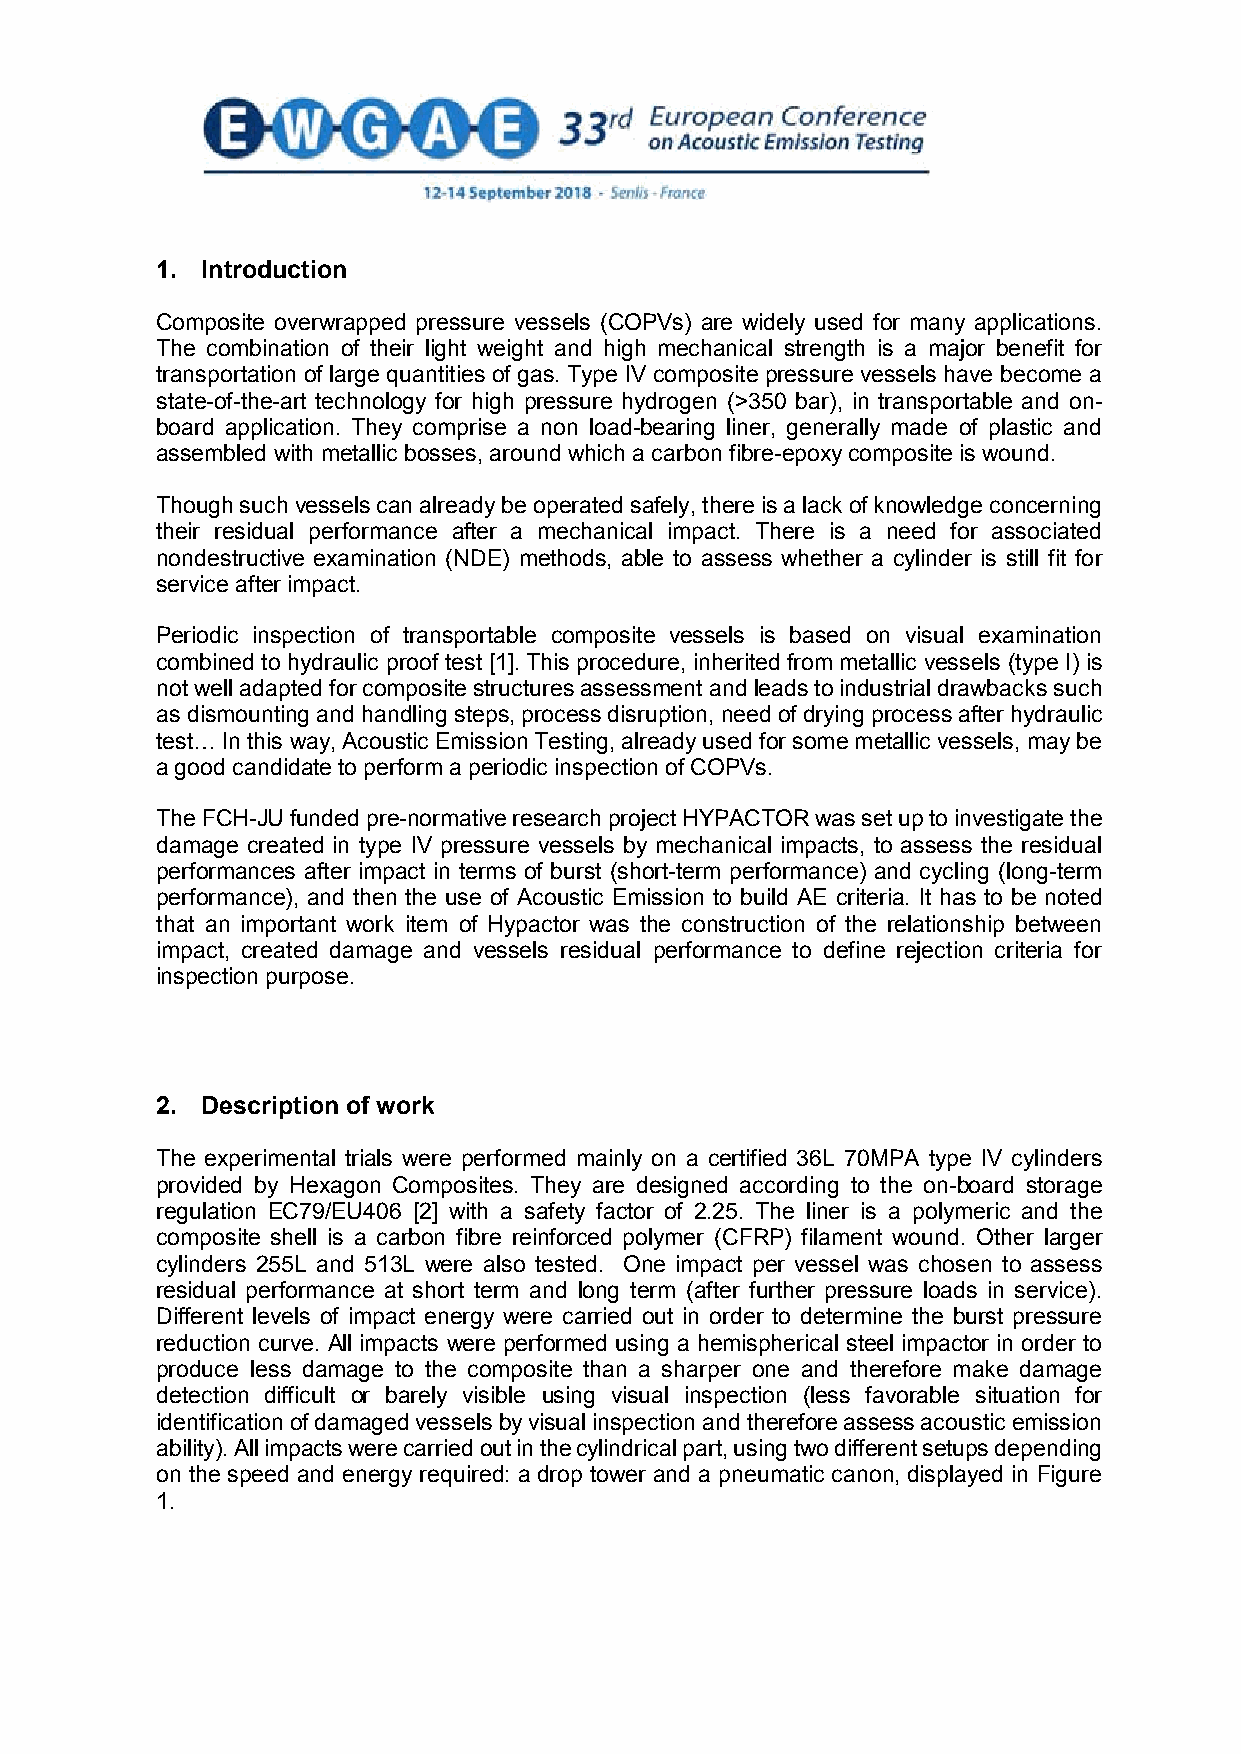
1. Introduction
 Composite overwrapped pressure vessels (COPVs) are widely used for many applications.
 The combination of their light weight and high mechanical strength is a major benefit for
 transportation of large quantities of gas. Type IV composite pressure vessels have become a
 state-of-the-art technology for high pressure hydrogen (>350 bar), in transportable and on-
 board application. They comprise a non load-bearing liner, generally made of plastic and
 assembled with metallic bosses, around which a carbon fibre-epoxy composite is wound.
 Though such vessels can already be operated safely, there is a lack of knowledge concerning
 their residual performance after a mechanical impact. There is a need for associated
 nondestructive examination (NDE) methods, able to assess whether a cylinder is still fit for
 service after impact.
 Periodic inspection of transportable composite vessels is based on visual examination
 combined to hydraulic proof test [1]. This procedure, inherited from metallic vessels (type I) is
 not well adapted for composite structures assessment and leads to industrial drawbacks such
 as dismounting and handling steps, process disruption, need of drying process after hydraulic
 test… In this way, Acoustic Emission Testing, already used for some metallic vessels, may be
 a good candidate to perform a periodic inspection of COPVs.
 The FCH-JU funded pre-normative research project HYPACTOR was set up to investigate the
 damage created in type IV pressure vessels by mechanical impacts, to assess the residual
 performances after impact in terms of burst (short-term performance) and cycling (long-term
 performance), and then the use of Acoustic Emission to build AE criteria. It has to be noted
 that an important work item of Hypactor was the construction of the relationship between
 impact, created damage and vessels residual performance to define rejection criteria for
 inspection purpose.
 2. Description of work
 The experimental trials were performed mainly on a certified 36L 70MPA type IV cylinders
 provided by Hexagon Composites. They are designed according to the on-board storage
 regulation EC79/EU406 [2] with a safety factor of 2.25. The liner is a polymeric and the
 composite shell is a carbon fibre reinforced polymer (CFRP) filament wound. Other larger
 cylinders 255L and 513L were also tested. One impact per vessel was chosen to assess
 residual performance at short term and long term (after further pressure loads in service).
 Different levels of impact energy were carried out in order to determine the burst pressure
 reduction curve. All impacts were performed using a hemispherical steel impactor in order to
 produce less damage to the composite than a sharper one and therefore make damage
 detection difficult or barely visible using visual inspection (less favorable situation for
 identification of damaged vessels by visual inspection and therefore assess acoustic emission
 ability). All impacts were carried out in the cylindrical part, using two different setups depending
 on the speed and energy required: a drop tower and a pneumatic canon, displayed in Figure
 1.
 2